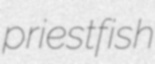
priestfish